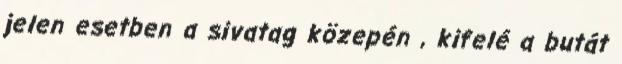
jelen esetben a sivatag közepén , kifelé a butát